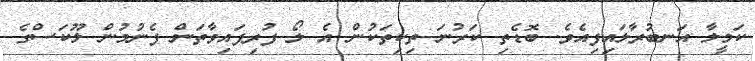
ކަމީލާ އަނބުރާލައިފިއެވެ. ބޮޑެތި ކަރުނަ ތިކިތަކުން އެ ލޯ ފުރިފައިވާތަން ފެނުމުން ލޫކަސްގެ